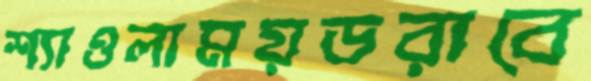
শ্যাওলাময়ডরাবে